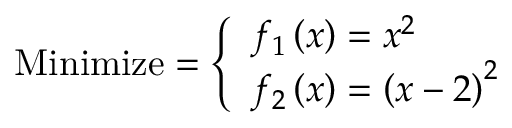
{ \mathrm { M i n i m i z e } } = { \left\{ \begin{array} { l l } { f _ { 1 } \left( x \right) = x ^ { 2 } } \\ { f _ { 2 } \left( x \right) = \left( x - 2 \right) ^ { 2 } } \end{array} \right. }